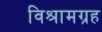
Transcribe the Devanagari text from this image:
विश्रामग्रह